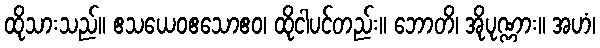
ထိုသားသည်။ ဧသယေဝဧသောဧဝ၊ ထိုငါပင်တည်း။ ဘောတိ၊ အိုပုဏ္ဏား။ အဟံ၊